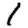
Digit: 1